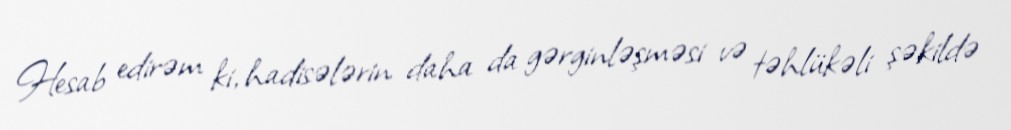
Hesab edirəm ki, hadisələrin daha da gərginləşməsi və təhlükəli şəkildə